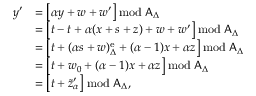
\begin{array} { r l } { y ^ { \prime } } & { = \bigl [ \alpha y + w + w ^ { \prime } \bigr ] \bmod \mathsf { A } _ { \Delta } } \\ & { = \bigl [ t - t + \alpha ( x + s + z ) + w + w ^ { \prime } \bigr ] \bmod \mathsf { A } _ { \Delta } } \\ & { = \bigl [ t + ( \alpha s + w ) _ { \Delta } ^ { \mathrm { e } } + ( \alpha - 1 ) x + \alpha z \bigr ] \bmod \mathsf { A } _ { \Delta } } \\ & { = \bigl [ t + w _ { 0 } + ( \alpha - 1 ) x + \alpha z \bigr ] \bmod \mathsf { A } _ { \Delta } } \\ & { = \bigl [ t + \tilde { z } _ { \alpha } ^ { \prime } \bigr ] \bmod \mathsf { A } _ { \Delta } , } \end{array}